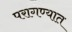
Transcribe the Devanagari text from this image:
परागण्यात